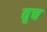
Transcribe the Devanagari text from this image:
वृच